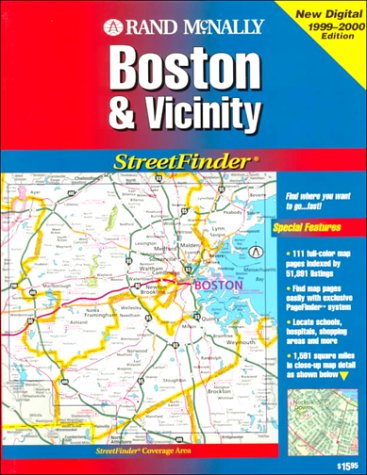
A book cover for Rand McNally Streetfinder Boston & Vicinity; Rand McNally; Travel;